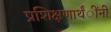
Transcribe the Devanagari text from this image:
प्रशिक्षणार्थंींनी